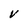
Character: V